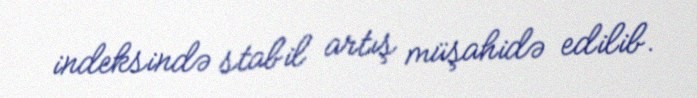
indeksində stabil artış müşahidə edilib.